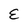
Character: E